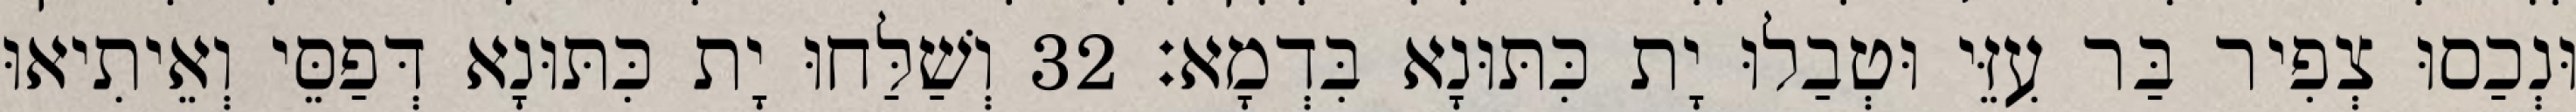
וּנְכַסוּ צְפִיר בַּר עִזֵּי וּטְבַלוּ יָת כִּתּוּנָא בִּדְמָא׃ 32 וְשַׁלַּחוּ יָת כִּתּוּנָא דְּפַסֵּי וְאֵיתִיאוּ